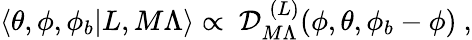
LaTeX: \langle\theta,\phi,\phi_{b}|L,M\Lambda\rangle\propto\ {\cal D}_{M\Lambda}^{\; (L)}(\phi,\theta,\phi_{b}-\phi)\ ,